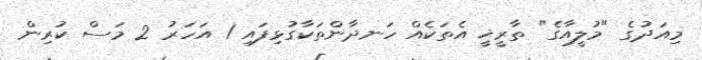
މިއަދުގެ "މުލީއާގެ" ތާރީޚީ އެތަކެއް ހަނދާންތަކާގުޅިފައި 1 އަހަރު 2 މަސް ކުރިން